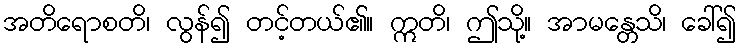
အတိရောစတိ၊ လွန်၍ တင့်တယ်၏။ ဣတိ၊ ဤသို့။ အာမန္တေသိ၊ ခေါ်၍